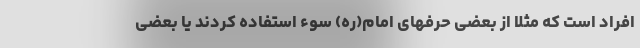
افراد است که مثلا از بعضی حرفهای امام(ره) سوء استفاده کردند یا بعضی